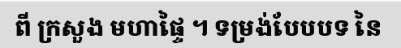
ពី ក្រសួង មហាផ្ទៃ ។ ទម្រង់បែបបទ នៃ